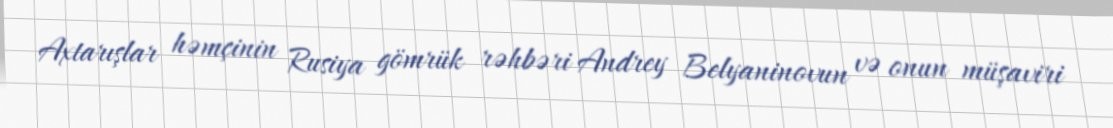
Axtarışlar həmçinin Rusiya gömrük rəhbəri Andrey Belyaninovun və onun müşaviri